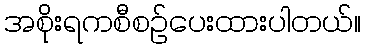
အစိုးရကစီစဉ်ပေးထားပါတယ်။